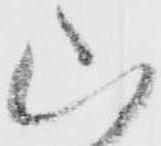
山